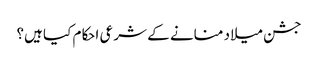
جشن میلاد منانے کے شرعی احکام کیا ہیں؟